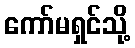
ကော်မရှင်သို့